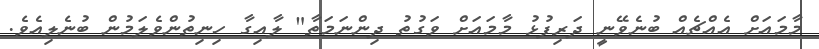
މާމައަށް އެއްޗެއް ބުނެވޭނީ ދަރިފުޅު މާމައަށް ވަގުތު ދިންނަމަތާ" ލާއިގާ ހިނިތުންވެލަމުން ބުނެލިއެވެ.